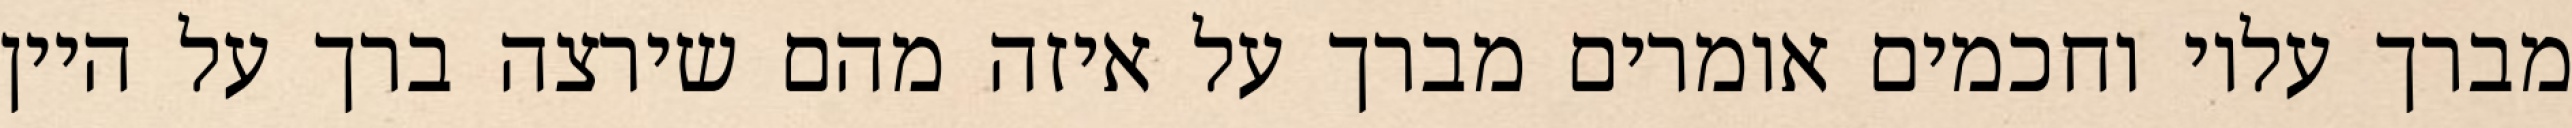
מברך עליו וחכמים אומרים מברך על איזה מהם שירצה ברך על היין